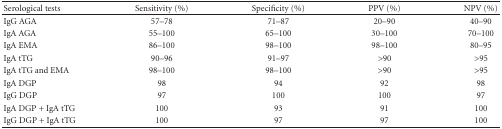
| Serological tests | Sensitivity (%) | Specificity (%) | PPV (%) | NPV (%) |
 | --- | --- | --- | --- | --- |
 | IgG AGA | 57–78 | 71–87 | 20–90 | 40–90 |
 | IgA AGA | 55–100 | 65–100 | 30–100 | 70–100 |
 | IgA EMA | 86–100 | 98–100 | 98–100 | 80–95 |
 | IgA tTG | 90–96 | 91–97 | >90 | >95 |
 | IgA tTG and EMA | 98–100 | 98–100 | >90 | >95 |
 | IgA DGP | 98 | 94 | 92 | 98 |
 | IgG DGP | 97 | 100 | 100 | 97 |
 | IgA DGP + IgA tTG | 100 | 93 | 91 | 100 |
 | IgG DGP + IgA tTG | 100 | 97 | 97 | 100 |